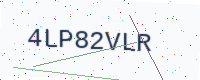
Text: 4LP82VLR